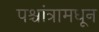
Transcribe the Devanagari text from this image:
पश्चांत्रामधून